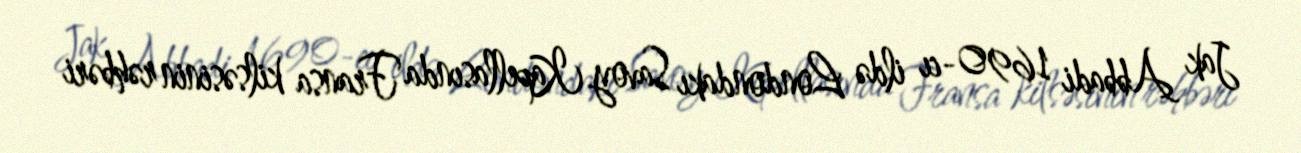
Jak Abbadi 1690-cı ildə Londondakı Savoy Kapellasında Fransa kilsəsinin rəhbəri